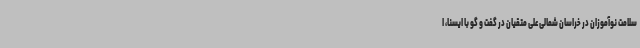
سلامت نوآموزان در خراسان شمالی علی متقیان در گفت و گو با ایسنا، ا